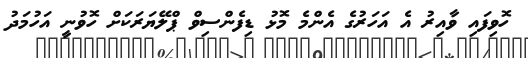
ހޮވިފައި ވާއިރު އެ އަހަރުގެ އެންމެ މޮޅު ޑިފެންސިވް ޕްލޭޔަރަކަށް ހޮވުނީ އަހުމަދު